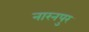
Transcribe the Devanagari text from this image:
नारनपुर